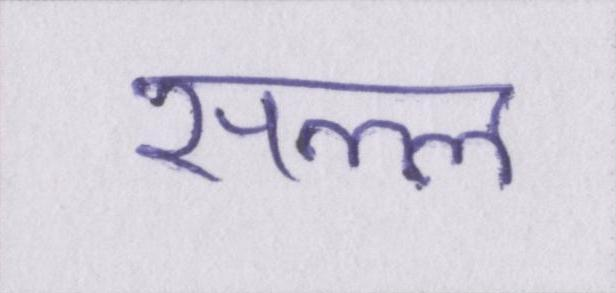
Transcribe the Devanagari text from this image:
सल्ल